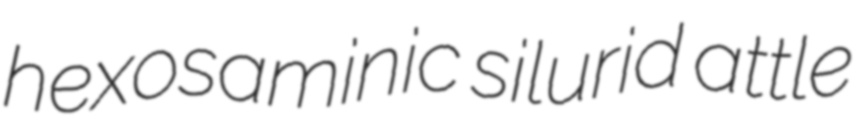
hexosaminic silurid attle